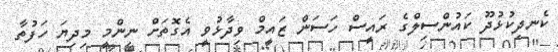
ކެނދިކުޅުދޫ ކައުންސިލްގެ ރައީސް ހަސަން ޒައީމް ވިދާޅުވީ އެގޮތަށް ނިންމީ މިދިޔަ ހަފުތާ